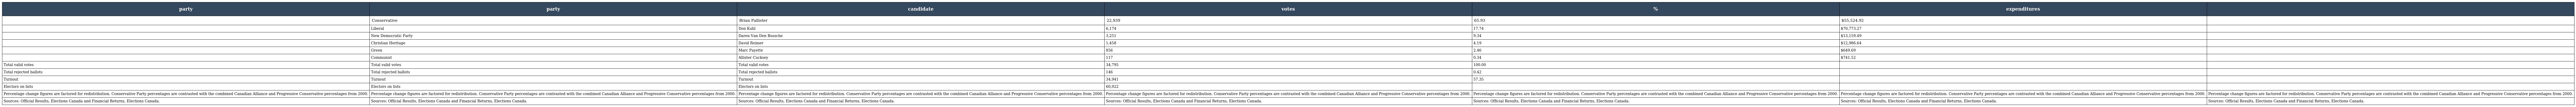
| party | party | candidate | votes | % | expenditures |  |
 | --- | --- | --- | --- | --- | --- | --- |
 |  | Conservative | Brian Pallister | 22,939 | 65.93 | $55,524.92 |  |
 |  | Liberal | Don Kuhl | 6,174 | 17.74 | $70,773.27 |  |
 |  | New Democratic Party | Daren Van Den Bussche | 3,251 | 9.34 | $13,159.49 |  |
 |  | Christian Heritage | David Reimer | 1,458 | 4.19 | $12,986.64 |  |
 |  | Green | Marc Payette | 856 | 2.46 | $649.69 |  |
 |  | Communist | Allister Cucksey | 117 | 0.34 | $741.52 |  |
 | Total valid votes | Total valid votes | Total valid votes | 34,795 | 100.00 |  |  |
 | Total rejected ballots | Total rejected ballots | Total rejected ballots | 146 | 0.42 |  |  |
 | Turnout | Turnout | Turnout | 34,941 | 57.35 |  |  |
 | Electors on lists | Electors on lists | Electors on lists | 60,922 |  |  |  |
 | Percentage change figures are factored for redistribution. Conservative Party percentages are contrasted with the combined Canadian Alliance and Progressive Conservative percentages from 2000. | Percentage change figures are factored for redistribution. Conservative Party percentages are contrasted with the combined Canadian Alliance and Progressive Conservative percentages from 2000. | Percentage change figures are factored for redistribution. Conservative Party percentages are contrasted with the combined Canadian Alliance and Progressive Conservative percentages from 2000. | Percentage change figures are factored for redistribution. Conservative Party percentages are contrasted with the combined Canadian Alliance and Progressive Conservative percentages from 2000. | Percentage change figures are factored for redistribution. Conservative Party percentages are contrasted with the combined Canadian Alliance and Progressive Conservative percentages from 2000. | Percentage change figures are factored for redistribution. Conservative Party percentages are contrasted with the combined Canadian Alliance and Progressive Conservative percentages from 2000. | Percentage change figures are factored for redistribution. Conservative Party percentages are contrasted with the combined Canadian Alliance and Progressive Conservative percentages from 2000. |
 | Sources: Official Results, Elections Canada and Financial Returns, Elections Canada. | Sources: Official Results, Elections Canada and Financial Returns, Elections Canada. | Sources: Official Results, Elections Canada and Financial Returns, Elections Canada. | Sources: Official Results, Elections Canada and Financial Returns, Elections Canada. | Sources: Official Results, Elections Canada and Financial Returns, Elections Canada. | Sources: Official Results, Elections Canada and Financial Returns, Elections Canada. | Sources: Official Results, Elections Canada and Financial Returns, Elections Canada. |